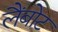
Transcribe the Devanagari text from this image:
लैंबोट